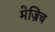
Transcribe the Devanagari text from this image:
मेज्रिच